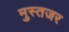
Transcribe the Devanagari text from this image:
मुस्तजर